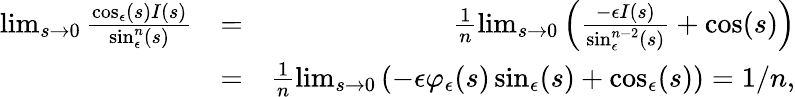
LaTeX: \begin{array}{rlr}{\operatorname*{lim}_{s\rightarrow 0}\frac{\cos_{\epsilon}(s)I(s)}{\sin_{\epsilon}^{n}(s)}}&{=}&{\frac{1}{n}\operatorname*{lim}_{s\rightarrow 0}\left(\frac{-\epsilon I(s)}{\sin_{\epsilon}^{n-2}(s)}+\cos(s)\right)}\\ &{=}&{\frac{1}{n}\operatorname*{lim}_{s\rightarrow 0}\left(-\epsilon\varphi_{\epsilon}(s)\sin_{\epsilon}(s)+\cos_{\epsilon}(s)\right)=1/n,}\end{array}